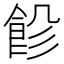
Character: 𩚺